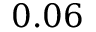
0 . 0 6